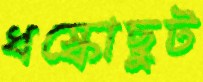
ধস্‌কোছুট